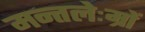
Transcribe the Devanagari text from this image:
मन्तलेःम्रों